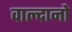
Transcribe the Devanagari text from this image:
वाल्दानो